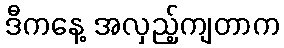
ဒီကနေ့ အလှည့်ကျတာက